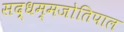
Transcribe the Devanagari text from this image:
सद्धम्मजोतिपाल